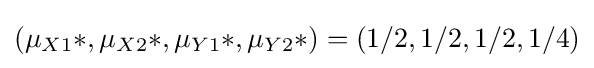
(\mu _{X1}*,\mu _{X2}*,\mu _{Y1}*,\mu _{Y2}*)=(1/2,1/2,1/2,1/4)